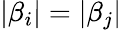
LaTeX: \left|\beta_{i}\right|=\left|\beta_{j}\right|